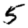
Digit: 5